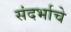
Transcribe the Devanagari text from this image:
संदर्भाचे